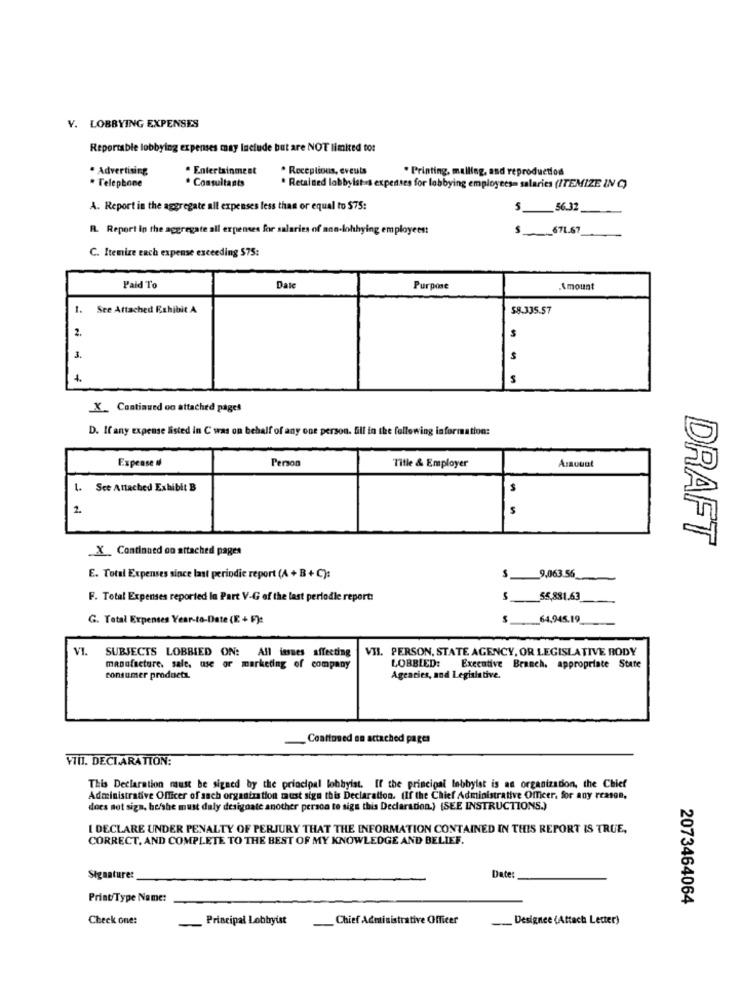
V. LOBBYING EXPENSES
Reportsble lobbying expenses may include but are NOT limited to:
· Advertising
* Entertainment
. Receptions, eveuts
. Printing, malling, and reproduction
. Consultants
* Telephone
* Retained lobbyists expenses for lobbying employees= salaries (ITEMIZE IN C)
A. Report in the aggregate all expenses less than or equal to 575:
56.32
R. Report in the aggregate all expenses for salaries of non-lohhying employees:
$
_671.67
C. Itemize each expense exceeding $75:
Paid To
Date
Purpose
Amount
1. See Attached Exhibit A
58.335.57
2.
3.
X_ Continued on attached pages
D. If any expense listed in C was on behalf of any one person. fill in the following information:
Expense #
Person
Title & Employer
Amount
1. See Attached Exhibit B
2
--
DRAFT
X Continued on attached pages
E. Total Expenses since last periodic report (A + B + C):
s
9,063.56
F. Total Expenses reported la Part V-G of the last periodle report:
55,881.63
G. Total Expenses Year-to-Date (E + F):
64,945.19
VII. PERSON, STATE AGENCY, OR LEGISLATIVE BODY
VI. SUBJECTS LOBBIED ON: All issues affecting
manufacture, sale, use or marketing of company
LOBBIED: Executive Branch. appropriate State
consumer products.
Agencies, and Legislative.
Coattoned an actached pages
VIII. DECLARATION:
This Declaration must be signed by the principal lobbyist. If the principal lobbyist is an organization, the Chief
Administrative Officer of sach organization must sign this Declaration. (If the Chief Administrative Officer, for any reason,
does not sign. he/she must duly designate another person to sign this Declaration.) (SEE INSTRUCTIONS.)
[ DECLARE UNDER PENALTY OF PERJURY THAT THE INFORMATION CONTAINED IN THIS REPORT IS TRUE,
CORRECT, AND COMPLETE TO THE BEST OF MY KNOWLEDGE AND BELIEF.
Signature:
Date
Print/Type Name:
2073464064
Check one:
_ Principal Lobbyust
Chief Administrative Officer
_Designee (Attach Lecter)